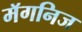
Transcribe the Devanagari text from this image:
मॅगनिज